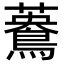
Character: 𪃳